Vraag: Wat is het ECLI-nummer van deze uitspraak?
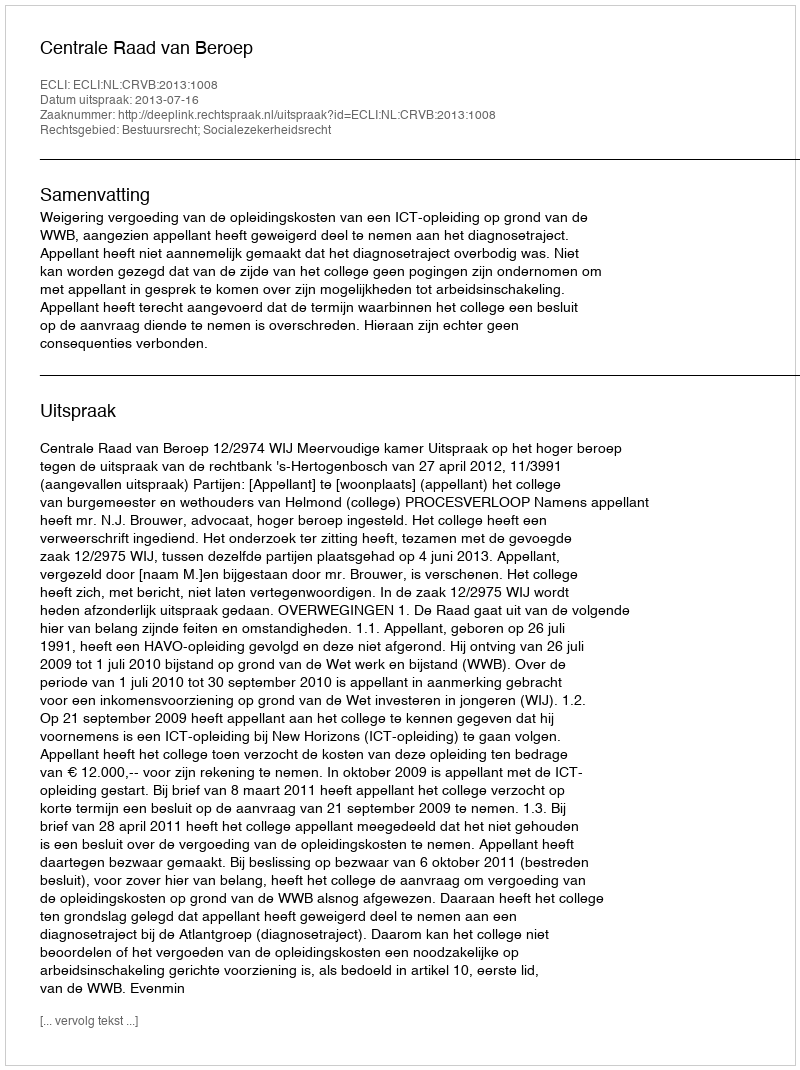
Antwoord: ECLI:NL:CRVB:2013:1008